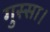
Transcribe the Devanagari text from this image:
गुस्सा।